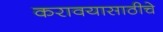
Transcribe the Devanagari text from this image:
करावयासाठीचे